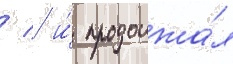
/  и́ продолжа́л